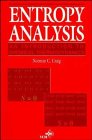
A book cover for Entropy Analysis: An Introduction to Chemical Thermodynamics; Norman C. Craig; Science & Math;